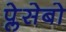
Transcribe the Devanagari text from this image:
प्लेसेबो